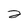
Character: 2